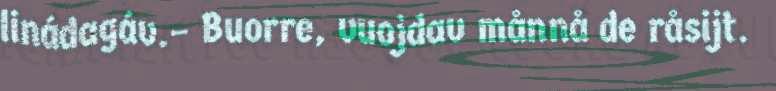
linádagáv.– Buorre, vuojdav månnå de råsijt.